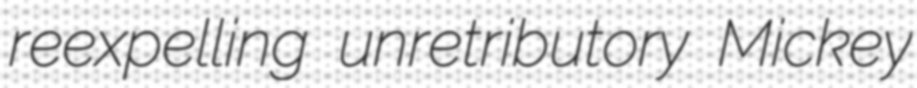
reexpelling unretributory Mickey